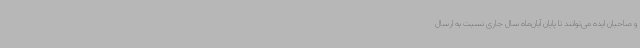
و صاحبان ایده می‌توانند تا پایان آبان‌ماه سال جاری نسبت به ارسال